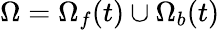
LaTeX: \Omega=\Omega_{f}(t)\cup\Omega_{b}(t)